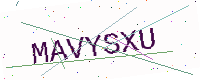
Text: MAVYSXU